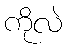
ကိုလဲ